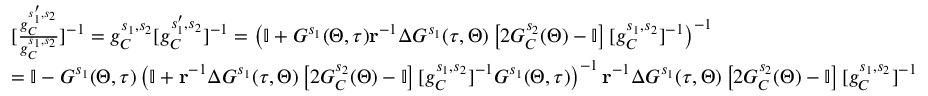
\begin{array} { r l } & { [ \frac { g _ { C } ^ { s _ { 1 } ^ { \prime } , s _ { 2 } } } { g _ { C } ^ { s _ { 1 } , s _ { 2 } } } ] ^ { - 1 } = g _ { C } ^ { s _ { 1 } , s _ { 2 } } [ g _ { C } ^ { s _ { 1 } ^ { \prime } , s _ { 2 } } ] ^ { - 1 } = \left( \mathbb { I } + G ^ { s _ { 1 } } ( \Theta , \tau ) \mathbf { r } ^ { - 1 } \Delta G ^ { s _ { 1 } } ( \tau , \Theta ) \left[ 2 G _ { C } ^ { s _ { 2 } } ( \Theta ) - \mathbb { I } \right] [ g _ { C } ^ { s _ { 1 } , s _ { 2 } } ] ^ { - 1 } \right) ^ { - 1 } } \\ & { = \mathbb { I } - G ^ { s _ { 1 } } ( \Theta , \tau ) \left( \mathbb { I } + \mathbf { r } ^ { - 1 } \Delta G ^ { s _ { 1 } } ( \tau , \Theta ) \left[ 2 G _ { C } ^ { s _ { 2 } } ( \Theta ) - \mathbb { I } \right] [ g _ { C } ^ { s _ { 1 } , s _ { 2 } } ] ^ { - 1 } G ^ { s _ { 1 } } ( \Theta , \tau ) \right) ^ { - 1 } \mathbf { r } ^ { - 1 } \Delta G ^ { s _ { 1 } } ( \tau , \Theta ) \left[ 2 G _ { C } ^ { s _ { 2 } } ( \Theta ) - \mathbb { I } \right] [ g _ { C } ^ { s _ { 1 } , s _ { 2 } } ] ^ { - 1 } } \end{array}